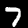
Label: 7